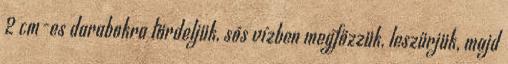
2 cm-es darabokra tördeljük, sós vízben megfőzzük, leszűrjük, majd